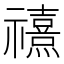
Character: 𰨗